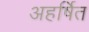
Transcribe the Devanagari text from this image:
अहर्षित